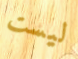
ليست